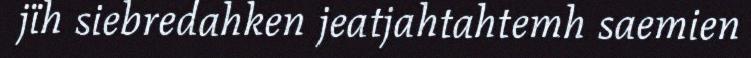
jïh siebredahken jeatjahtahtemh saemien